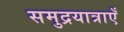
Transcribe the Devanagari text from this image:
समुद्रयात्राएँ